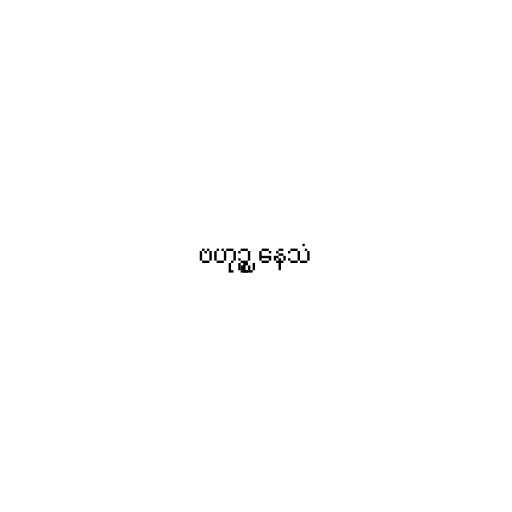
ဗဟုဉ္စ နေသံ